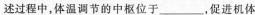
述过程中，体温调节的中枢位于___促进机体